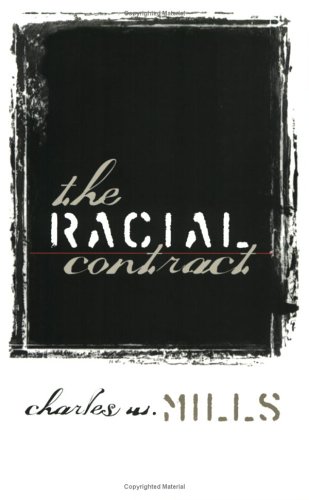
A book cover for The Racial Contract; Charles W. Mills; History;